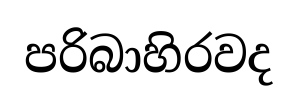
පරිබාහිරවද